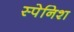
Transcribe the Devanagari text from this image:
स्‍पेनिश्‍ा